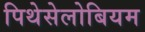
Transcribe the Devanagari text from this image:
पिथेसेलोबियम